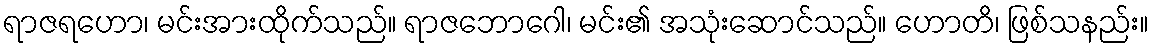
ရာဇရဟော၊ မင်းအားထိုက်သည်။ ရာဇဘောဂေါ၊ မင်း၏ အသုံးဆောင်သည်။ ဟောတိ၊ ဖြစ်သနည်း။